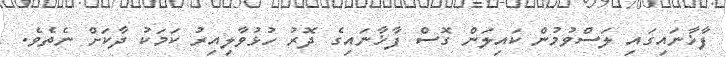
ފާޚާނައިގައި ލަސްވުމުން ކައިލަން ގޮސް ފާޚާނައިގެ ދޮރު ހުޅުވާލިއިރު ކަމަކު ދާކަށް ނެތެވެ.